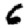
Digit: 6